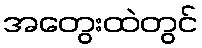
အတွေးထဲတွင်